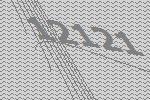
12121